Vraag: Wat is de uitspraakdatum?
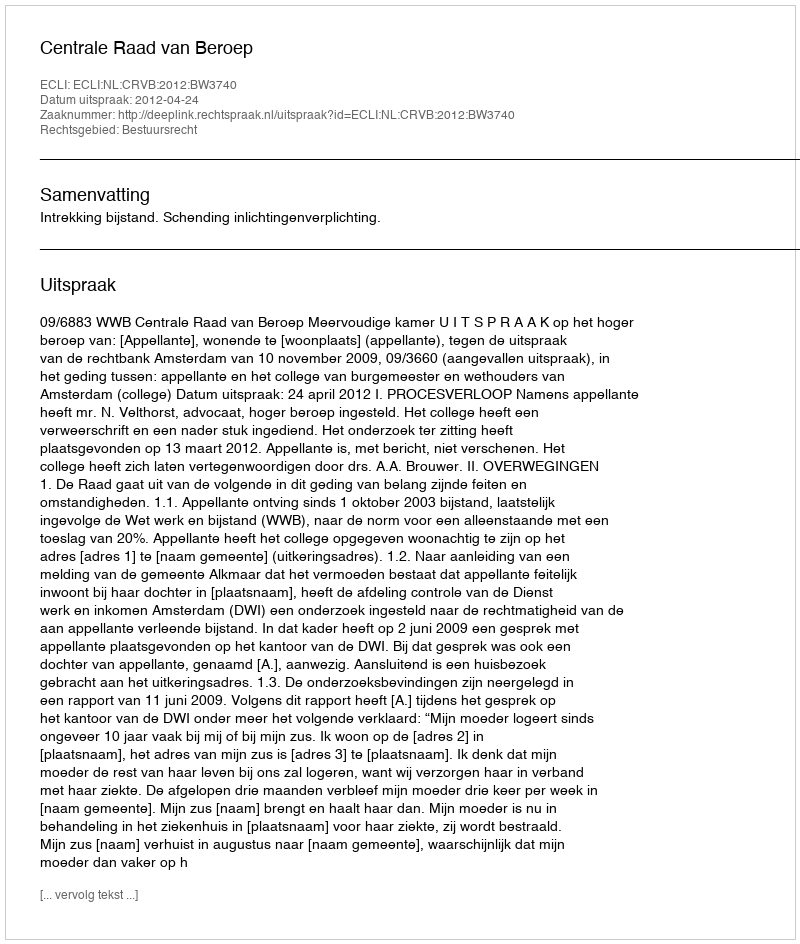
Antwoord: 2012-04-24